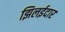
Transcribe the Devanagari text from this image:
झिलईदार